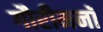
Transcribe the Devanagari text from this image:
गौरीमनॉ